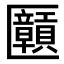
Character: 𫧝